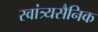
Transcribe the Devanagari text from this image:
स्वांत्र्यसैनिक